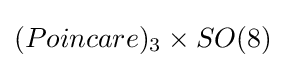
(Poincare)_{3}\times SO(8)